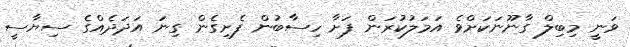
ވަނީ މިބިލް ގާނޫނަކަށްވެ އަމަލުކުރަން ފަށާ ހިސާބުން ފެށިގެން ގިނަ އަދަދެއްގެ ސިޔާސީ